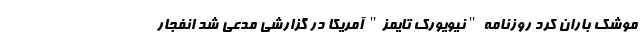
موشک باران کرد روزنامه "نیویورک تایمز" آمریکا در گزارشی مدعی شد انفجار